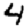
Digit: 4